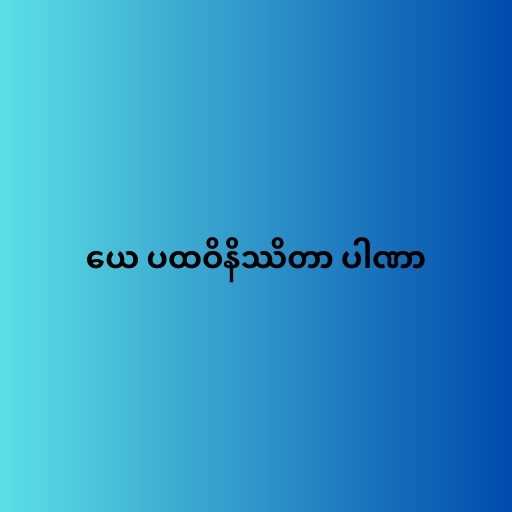
ယေ ပထဝိနိဿိတာ ပါဏာ